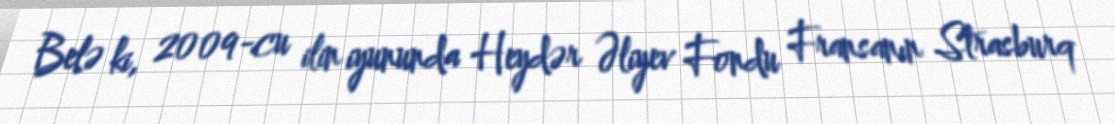
Belə ki, 2009-cu ilin iyununda Heydər Əliyev Fondu Fransanın Strasburq